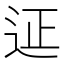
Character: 𨒌